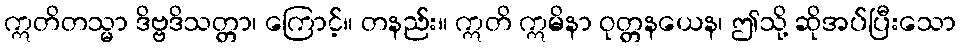
ဣတိတသ္မာ ဒိဗ္ဗဒိသတ္တာ၊ ကြောင့်။ တနည်း။ ဣတိ ဣမိနာ ဝုတ္တနယေန၊ ဤသို့ ဆိုအပ်ပြီးသော